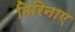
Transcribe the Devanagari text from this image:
मिरिनाए